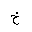
Letter: _kha